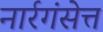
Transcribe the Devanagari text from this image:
नार्रगंसेत्त